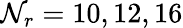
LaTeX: \mathcal{N}_{r}=10,12,16